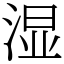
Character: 湿